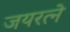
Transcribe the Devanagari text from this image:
जयरत्ने